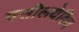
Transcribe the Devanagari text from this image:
वसीलयेविच